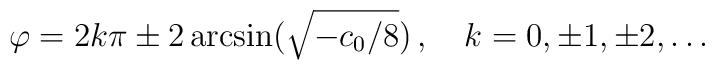
\varphi=2k\pi\pm 2\arcsin(\sqrt{-c_0/8})\,,\quad k = 0, \pm 1,\pm 2, \ldots